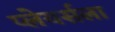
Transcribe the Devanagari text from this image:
प्लेयर्सला